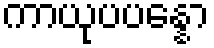
ကာယုပပန္နော